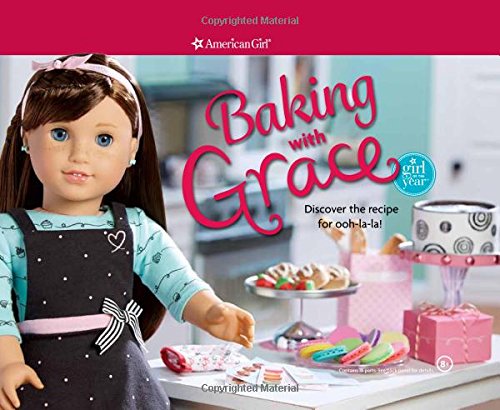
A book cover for Baking with Grace: Discover the Recipe for Ooh La La! (American Girl); Trula Magruder; Children's Books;